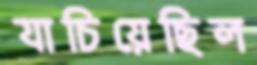
যাচিয়েছিল